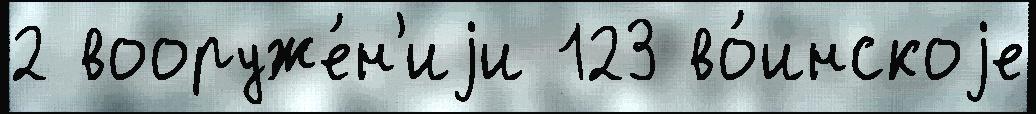
2 вооруже́н'иjи 123 во́инскоjе